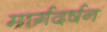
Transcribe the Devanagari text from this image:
मार्गदर्षन